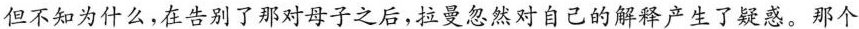
但不知为什么，在告别了那对母子之后，拉曼忽然对自己的解释产生了疑惑。那个